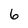
Character: 6